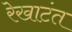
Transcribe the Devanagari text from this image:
रेखाटंत